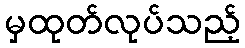
မှထုတ်လုပ်သည့်